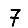
Digit: 7